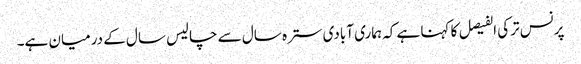
پرنس ترکی الفیصل کا کہنا ہے کہ ہماری آبادی سترہ سال سے چالیس سال کے درمیان ہے۔